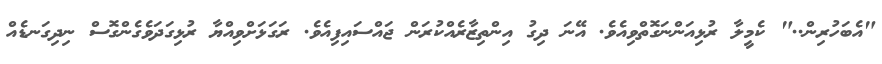
"އެބަހުރިން.." ކެމީލާ ރުޅިއަންނަގޮތްވިއެވެ. އޭނަ ދިގު އިންތިޒާރެއްކުރަން ޖައްސައިފިއެވެ. ރަގަޅަށްވިއްޔާ ރުޅިގަދަވެގެންގޮސް ނިދިގަނޑެއް